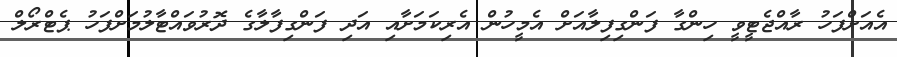
އެއަށްފަހު ރާއްޖެޓީވީ ހިންގާ ފަންގިފިލާއަށް އެމީހުން އެރިކަމަށާއި އަދި ފަންގިފާލާގެ ދޮރުވައްޓާލުމަށްފަހު ޕެޓްރޯލް